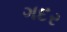
ગદર